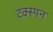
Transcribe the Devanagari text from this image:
टक्स्पन